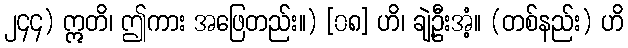
၂၄၄) ဣတိ၊ ဤကား အဖြေတည်း။) [၀၈] ဟိ၊ ချဲ့ဦးအံ့။ (တစ်နည်း) ဟိ